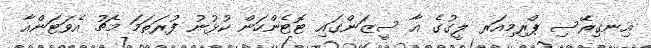
އިނގިރޭސި ޕްރިމިއަރ ލީގުގެ އާ ސީޒަންގައި ޓޮޓެންހަން ކުޅުނު ފުރަތަމަ މެޗު އެވަޓަންއާ